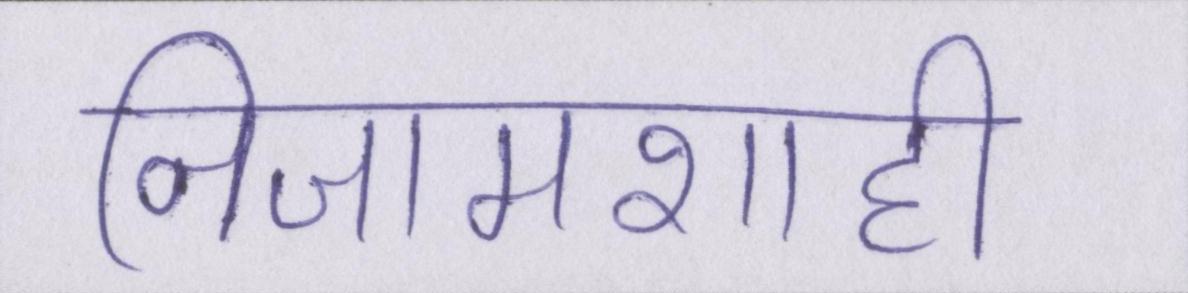
निजामशाही